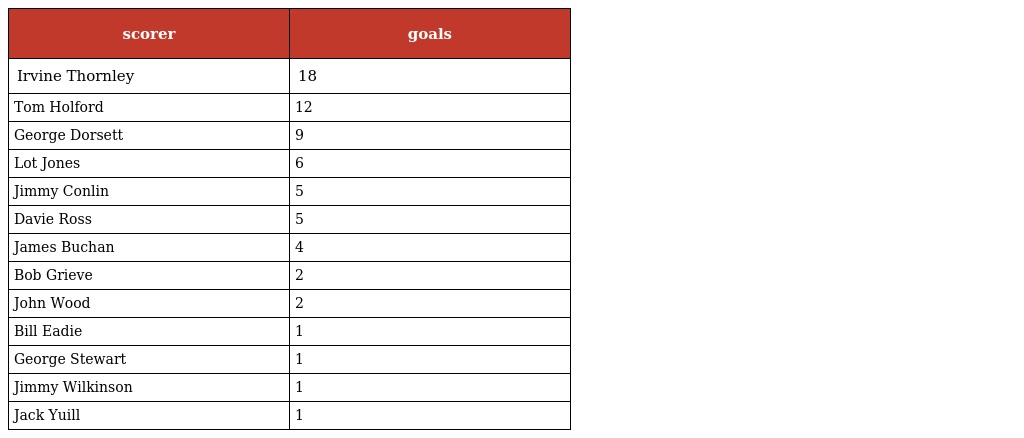
| scorer | goals |
 | --- | --- |
 | Irvine Thornley | 18 |
 | Tom Holford | 12 |
 | George Dorsett | 9 |
 | Lot Jones | 6 |
 | Jimmy Conlin | 5 |
 | Davie Ross | 5 |
 | James Buchan | 4 |
 | Bob Grieve | 2 |
 | John Wood | 2 |
 | Bill Eadie | 1 |
 | George Stewart | 1 |
 | Jimmy Wilkinson | 1 |
 | Jack Yuill | 1 |